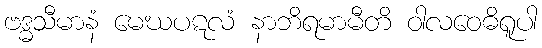
ဗဒ္ဓသီမာနံ မေဃပဋလံ နာဘိရမာမီတိ ဝါလဝေဓိရူပါ